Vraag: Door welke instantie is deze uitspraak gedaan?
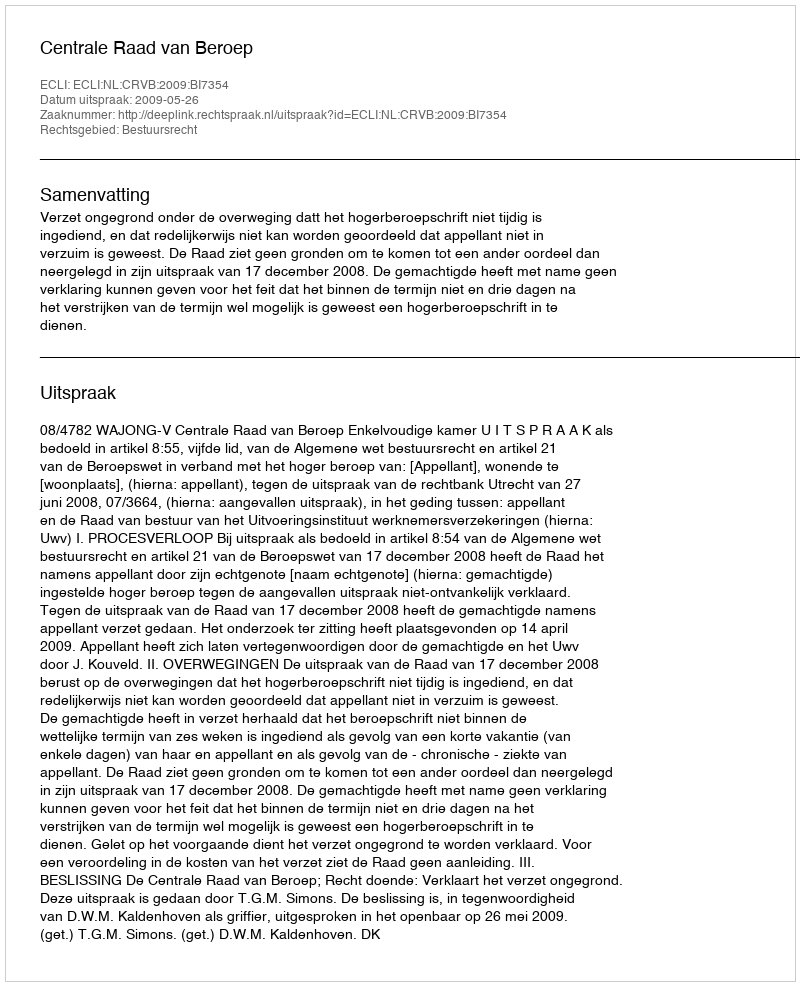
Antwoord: Centrale Raad van Beroep